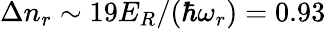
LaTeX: \Delta n_{r}\sim 19E_{R}/(\hbar\omega_{r})=0.93